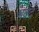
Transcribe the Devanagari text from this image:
भवेद